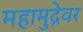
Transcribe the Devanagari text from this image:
महामुद्रेवर